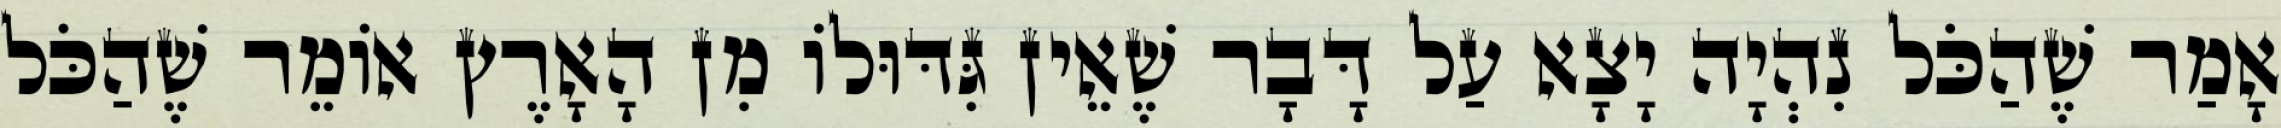
אָמַר שֶׁהַכֹּל נִהְיָה יָצָא עַל דָּבָר שֶׁאֵין גִּדּוּלוֹ מִן הָאָרֶץ אוֹמֵר שֶׁהַכֹּל